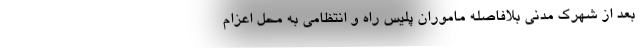
بعد از شهرک مدنی بلافاصله ماموران پلیس راه و انتظامی به محل اعزام